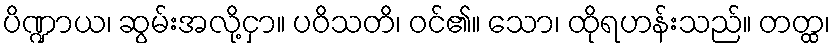
ပိဏ္ဍာယ၊ ဆွမ်းအလို့ငှာ။ ပဝိသတိ၊ ဝင်၏။ သော၊ ထိုရဟန်းသည်။ တတ္ထ၊